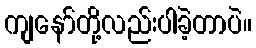
ကျနော်တို့လည်းပါခဲ့တာပဲ။